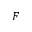
F